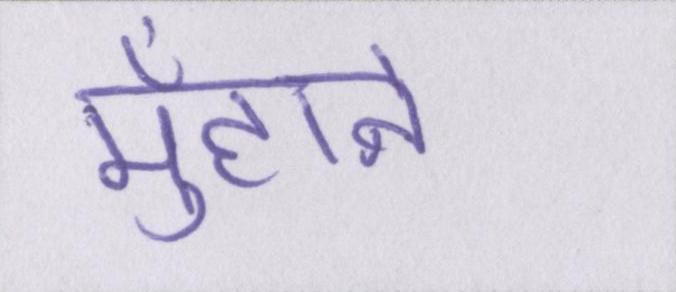
मुँहाने